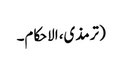
(ترمذی، الاحکام۔